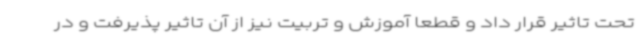
تحت تاثیر قرار داد و قطعا آموزش و تربیت نیز از آن تاثیر پذیرفت و در